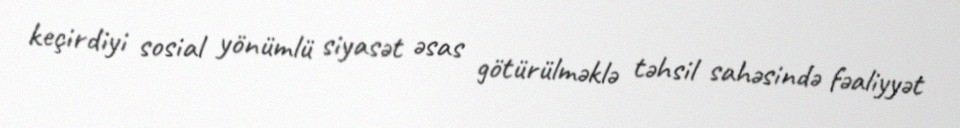
keçirdiyi sosial yönümlü siyasət əsas götürülməklə təhsil sahəsində fəaliyyət